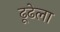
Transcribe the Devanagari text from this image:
ढूढेला